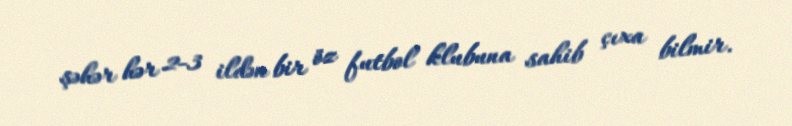
şəhər hər 2-3 ildən bir öz futbol klubuna sahib çıxa bilmir.